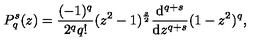
P _ { q } ^ { s } ( z ) = \frac { ( - 1 ) ^ { q } } { 2 ^ { q } q ! } ( z ^ { 2 } - 1 ) ^ { \frac s 2 } \frac { \mathrm { d } ^ { q + s } } { \mathrm { d } z ^ { q + s } } ( 1 - z ^ { 2 } ) ^ { q } ,